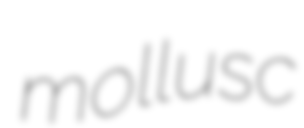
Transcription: mollusc